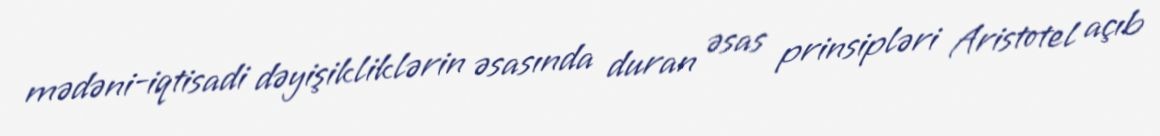
mədəni-iqtisadi dəyişikliklərin əsasında duran əsas prinsipləri Aristotel açıb